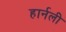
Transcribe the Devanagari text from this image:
हार्नली